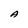
Character: A